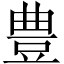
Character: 豊